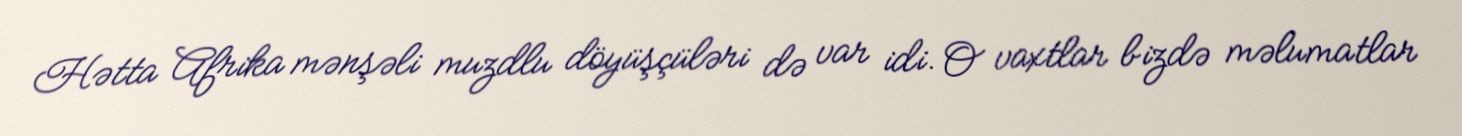
Hətta Afrika mənşəli muzdlu döyüşçüləri də var idi. O vaxtlar bizdə məlumatlar